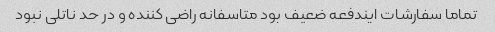
تماما سفارشات ایندفعه ضعیف بود متاسفانه راضی کننده و در حد ناتلی نبود